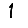
Digit: 1